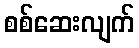
စစ်ဆေးလျက်